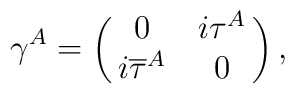
\gamma^{A} = \left(\matrix{ 0& i\tau^{A}\cr i{\overline \tau}^{A}&0\cr}\right),